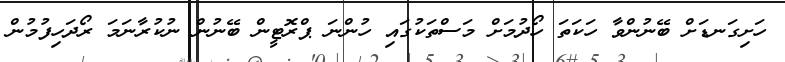
ހަށިގަނޑަށް ބޭނުންވާ ހަކަތަ ހޯދުމަށް މަސްތަކުގައި ހުންނަ ޕްރޮޓީން ބޭނުން ނުކުރާނަމަ ރޯދަހިފުމުން